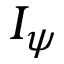
I _ { \psi }